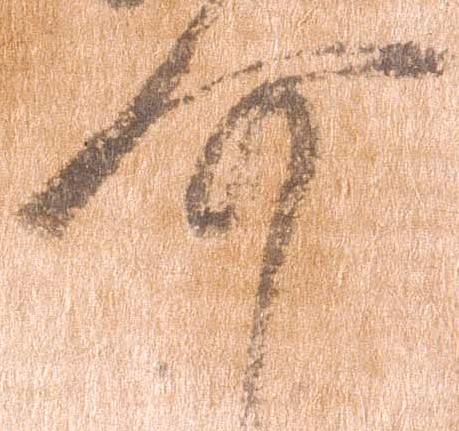
介